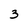
Character: 3